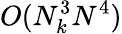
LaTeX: O(N_{k}^{3}N^{4})